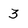
Character: 3